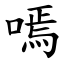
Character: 嘕